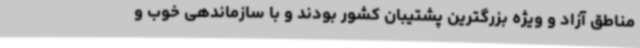
مناطق آزاد و ویژه بزرگترین پشتیبان کشور بودند و با سازماندهی خوب و